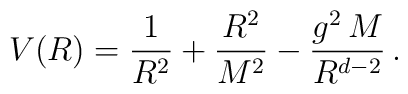
V(R) = \frac{1}{R^2} + \frac{R^2}{M^2} - \frac{g^2 \, M}{R^{d-2}} \, .